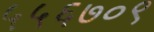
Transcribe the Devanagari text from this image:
५५६७०९